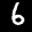
Label: 6